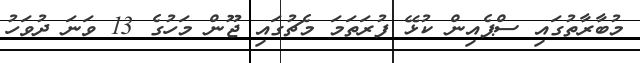
މުބާރާތުގައި ސްޕެއިން ކުޅޭ ފުރަތަމަ މެޗުގައި ޖޫން މަހުގެ 13 ވަނަ ދުވަހު